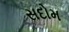
સદોમ